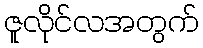
ဇူလိုင်လအတွက်